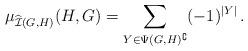
LaTeX: \begin{align*}\mu_{\widehat{\mathcal{I}}(G,H)}(H,G)=\sum_{Y\in\Psi(G,H)^\complement}(-1)^{|Y|}\,.\end{align*}